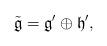
LaTeX: \begin{align*}\tilde {\mathfrak g} = \mathfrak g' \oplus \mathfrak h', \end{align*}